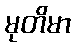
မုတိမာ